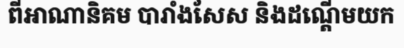
ពីអាណានិគម បារាំងសែស និងដណ្តើមយក